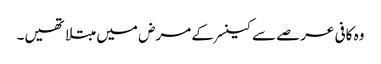
وہ کافی عرصے سے کینسر کے مرض میں مبتلا تھیں۔